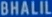
IBHALIL